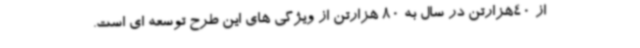
از 40هزارتن در سال به 80 هزارتن از ویژگی های این طرح توسعه ای است.